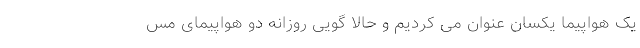
یک هواپیما یکسان عنوان می کردیم و حالا گویی روزانه دو هواپیمای مس